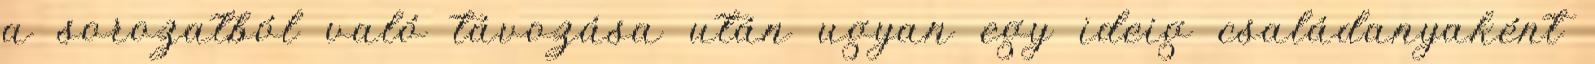
a sorozatból való távozása után ugyan egy ideig családanyaként